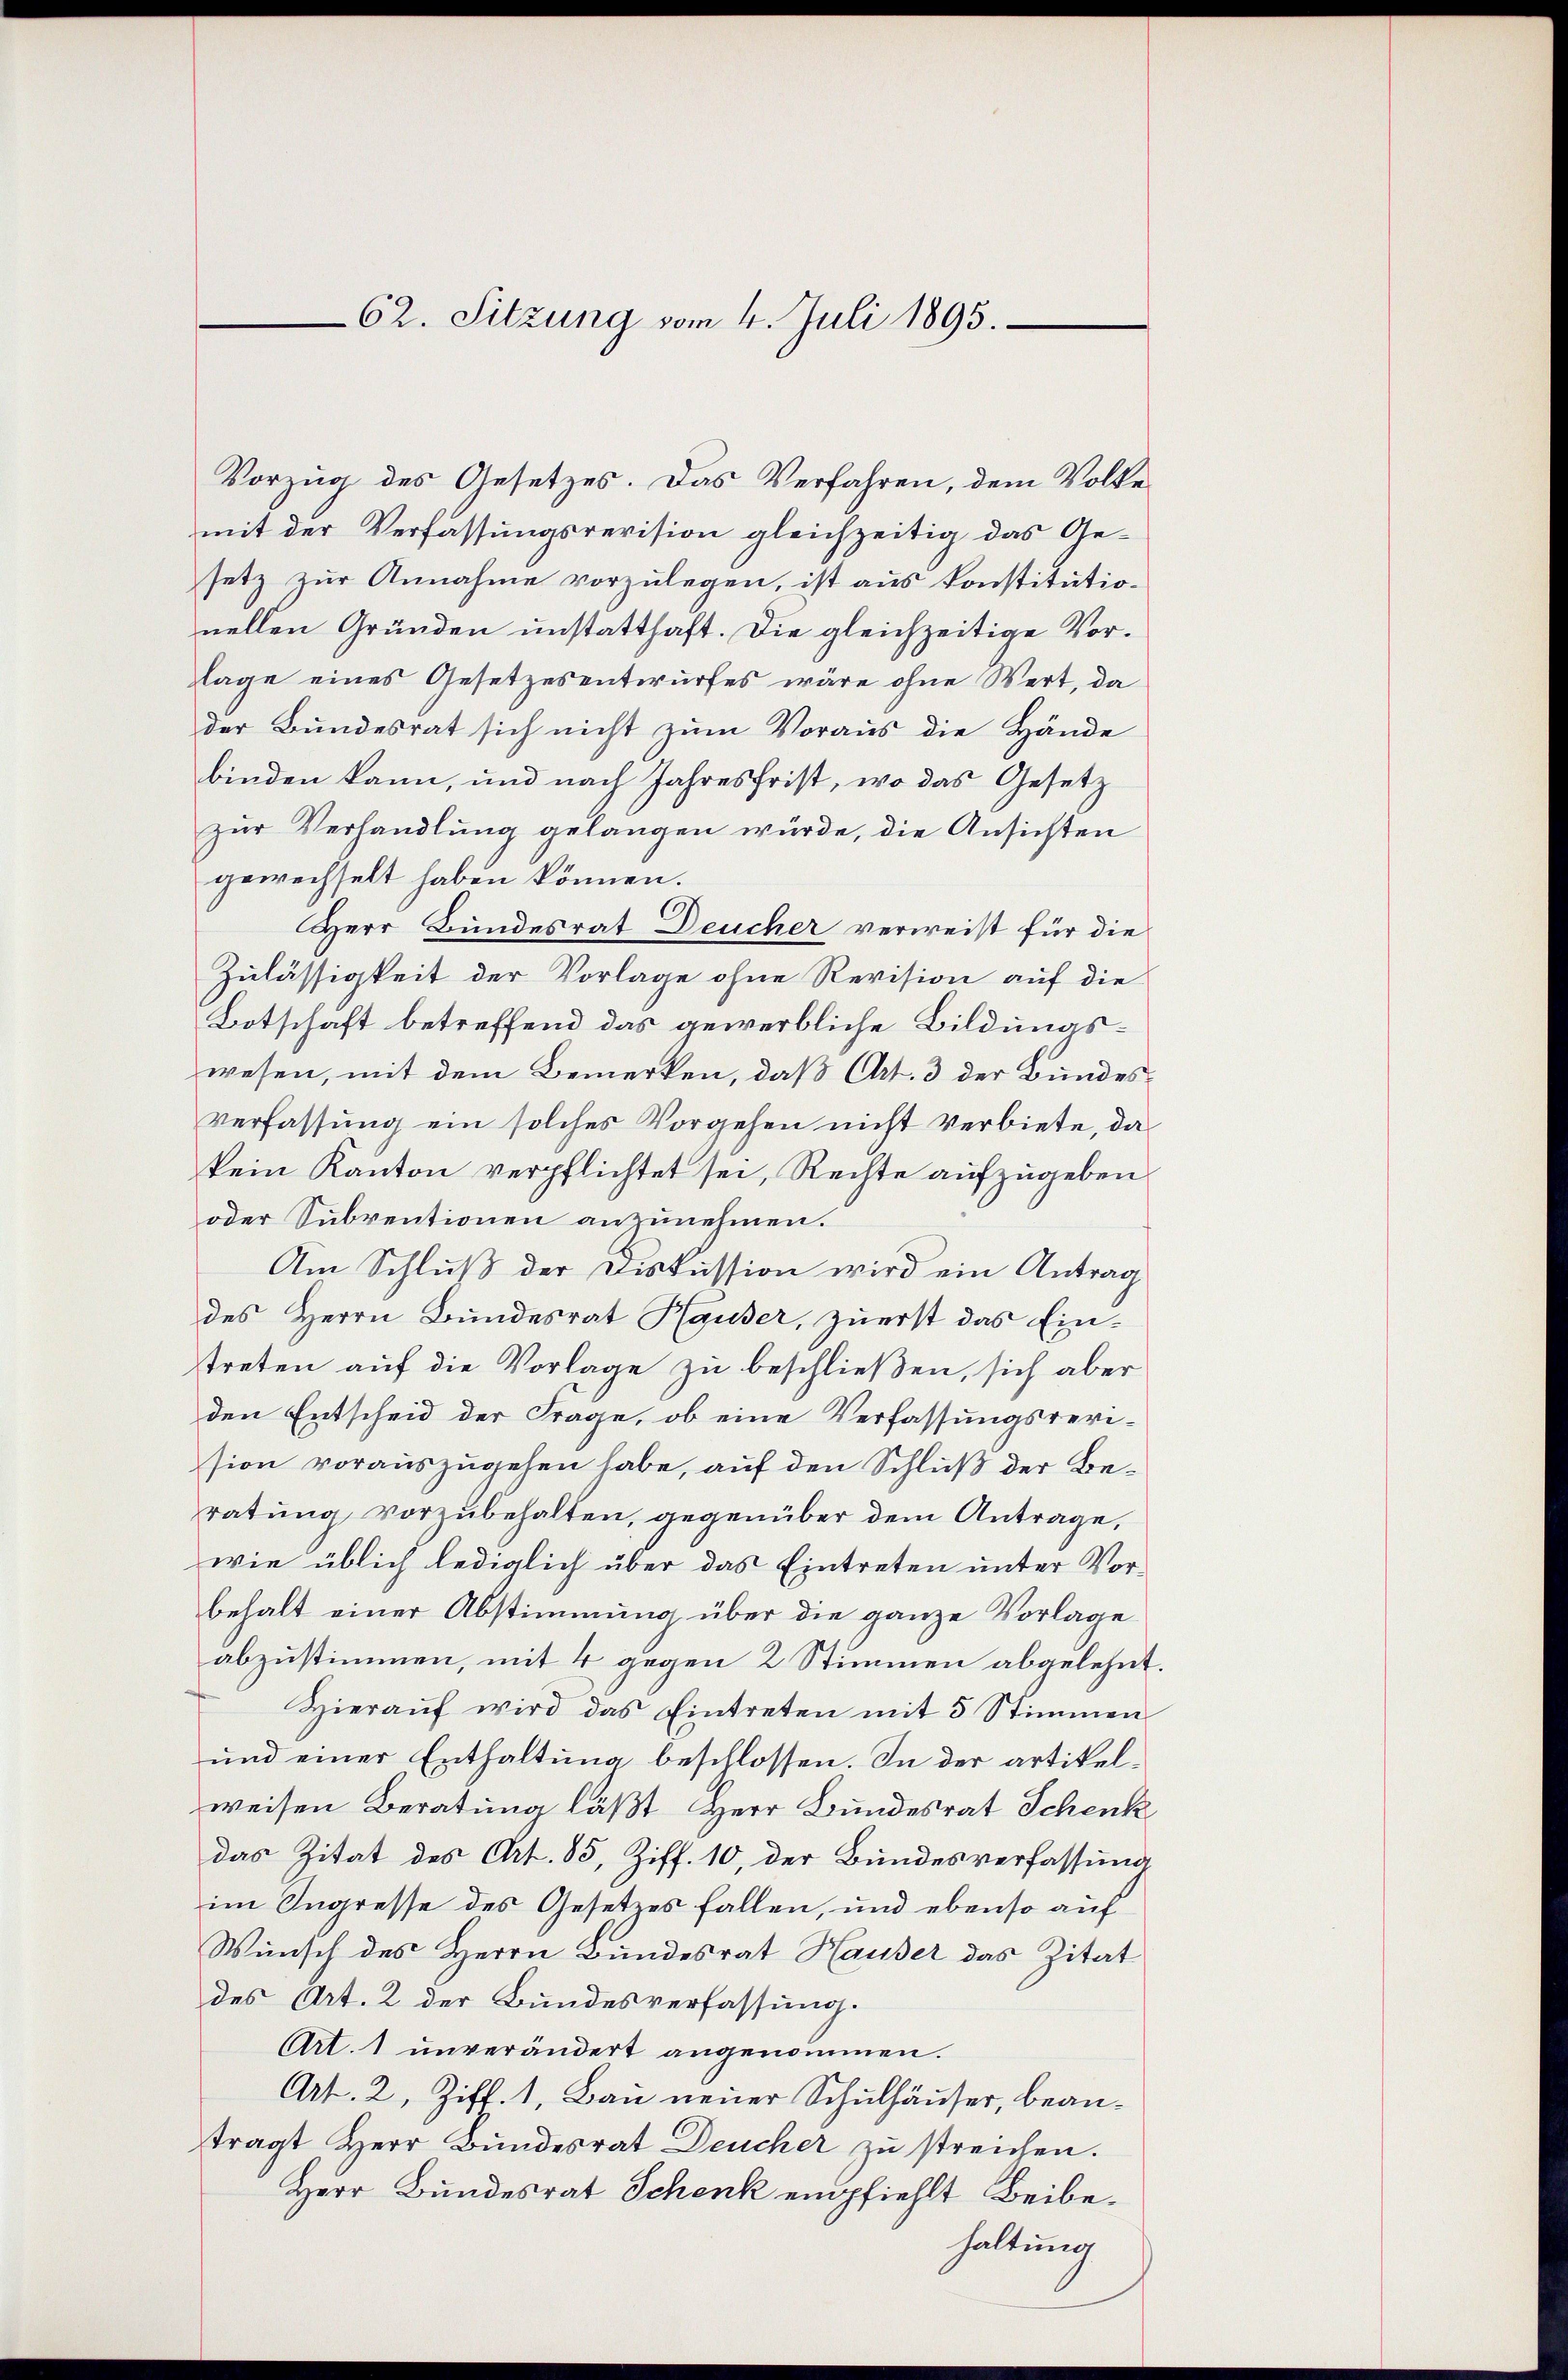
62. Sitzung vom 4. Juli 1895.

Vorzug des Gesetzes. Das Verfahren, dem Volke
mit der Verfassungsrevision gleichzeitig das Gesetz zur Annahme vorzulegen, ist aus konstitutionellen Gründen unstatthaft. Die gleichzeitige Vorlage eines Gesetzesentwurfes wäre ohne Wert, da
der Bundesrat sich nicht zŭm Voraus die Hände
binden kann, und nach Jahresfrist, wo das Gesetz
zur Verhandlung gelangen würde, die Ansichten
gewechselt haben können.
Herr Bundesrat Deucher verweist für die
Zulässigkeit der Vorlage ohne Revision auf die
Botschaft betreffend das gewerbliche Bildungswesen, mit dem Bemerken, daß Art. 3 der Bundesverfassung ein solches Vorgehen nicht verbiete, da
kein Kanton verpflichtet sei, Rechte aufzugeben
oder Subventionen anzunehmen.
Am Schlŭβ der Diskussion wird ein Antrag
des Herrn Bundesrat Hauser, zuerst das Eintreten auf die Vorlage zu beschließen, sich aber
den Entscheid der Frage, ob eine Verfassungsrevision vorauszugehen habe, auf den Schluß der Beratung vorzubehalten, gegenüber dem Antrage,
wie üblich lediglich über das Eintreten unter Vorbehalt einer Abstimmung über die ganze Vorlage
abzustimmen, mit 4 gegen 2 Stimmen abgelehnt.
Hieraŭf wird das Eintreten mit 5 Stimmen
und einer Enthaltung beschlossen. In der artikelweisen Beratung läßt, Herr Bundesrat Schenk
das Zitat des Art. 85, Ziff. 10, der Bundesverfassung
im Ingresse des Gesetzes fallen, und ebenso auf
Wunsch des Herrn Bundesrat Hauser das Zitat
des Art. 2 der Bundesverfassung.
Art. 1 unverändert angenommen.
Art. 2, Ziff. 1, Bau neuer Schulhäuser, beantragt Herr Bundesrat Deucher zu streichen.
Herr Bundesrat Schenk empfiehlt Beibehaltung